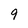
Character: 9